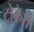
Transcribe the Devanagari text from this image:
टोकेरी